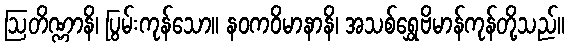
ဩတိဏ္ဏာနိ၊ ပြွမ်းကုန်သော။ နဝကဝိမာနာနိ၊ အသစ်ရွှေဗိမာန်ကုန်တို့သည်။